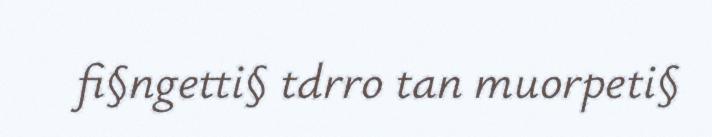
fi§ngetti§ tdrro tan muorpeti§